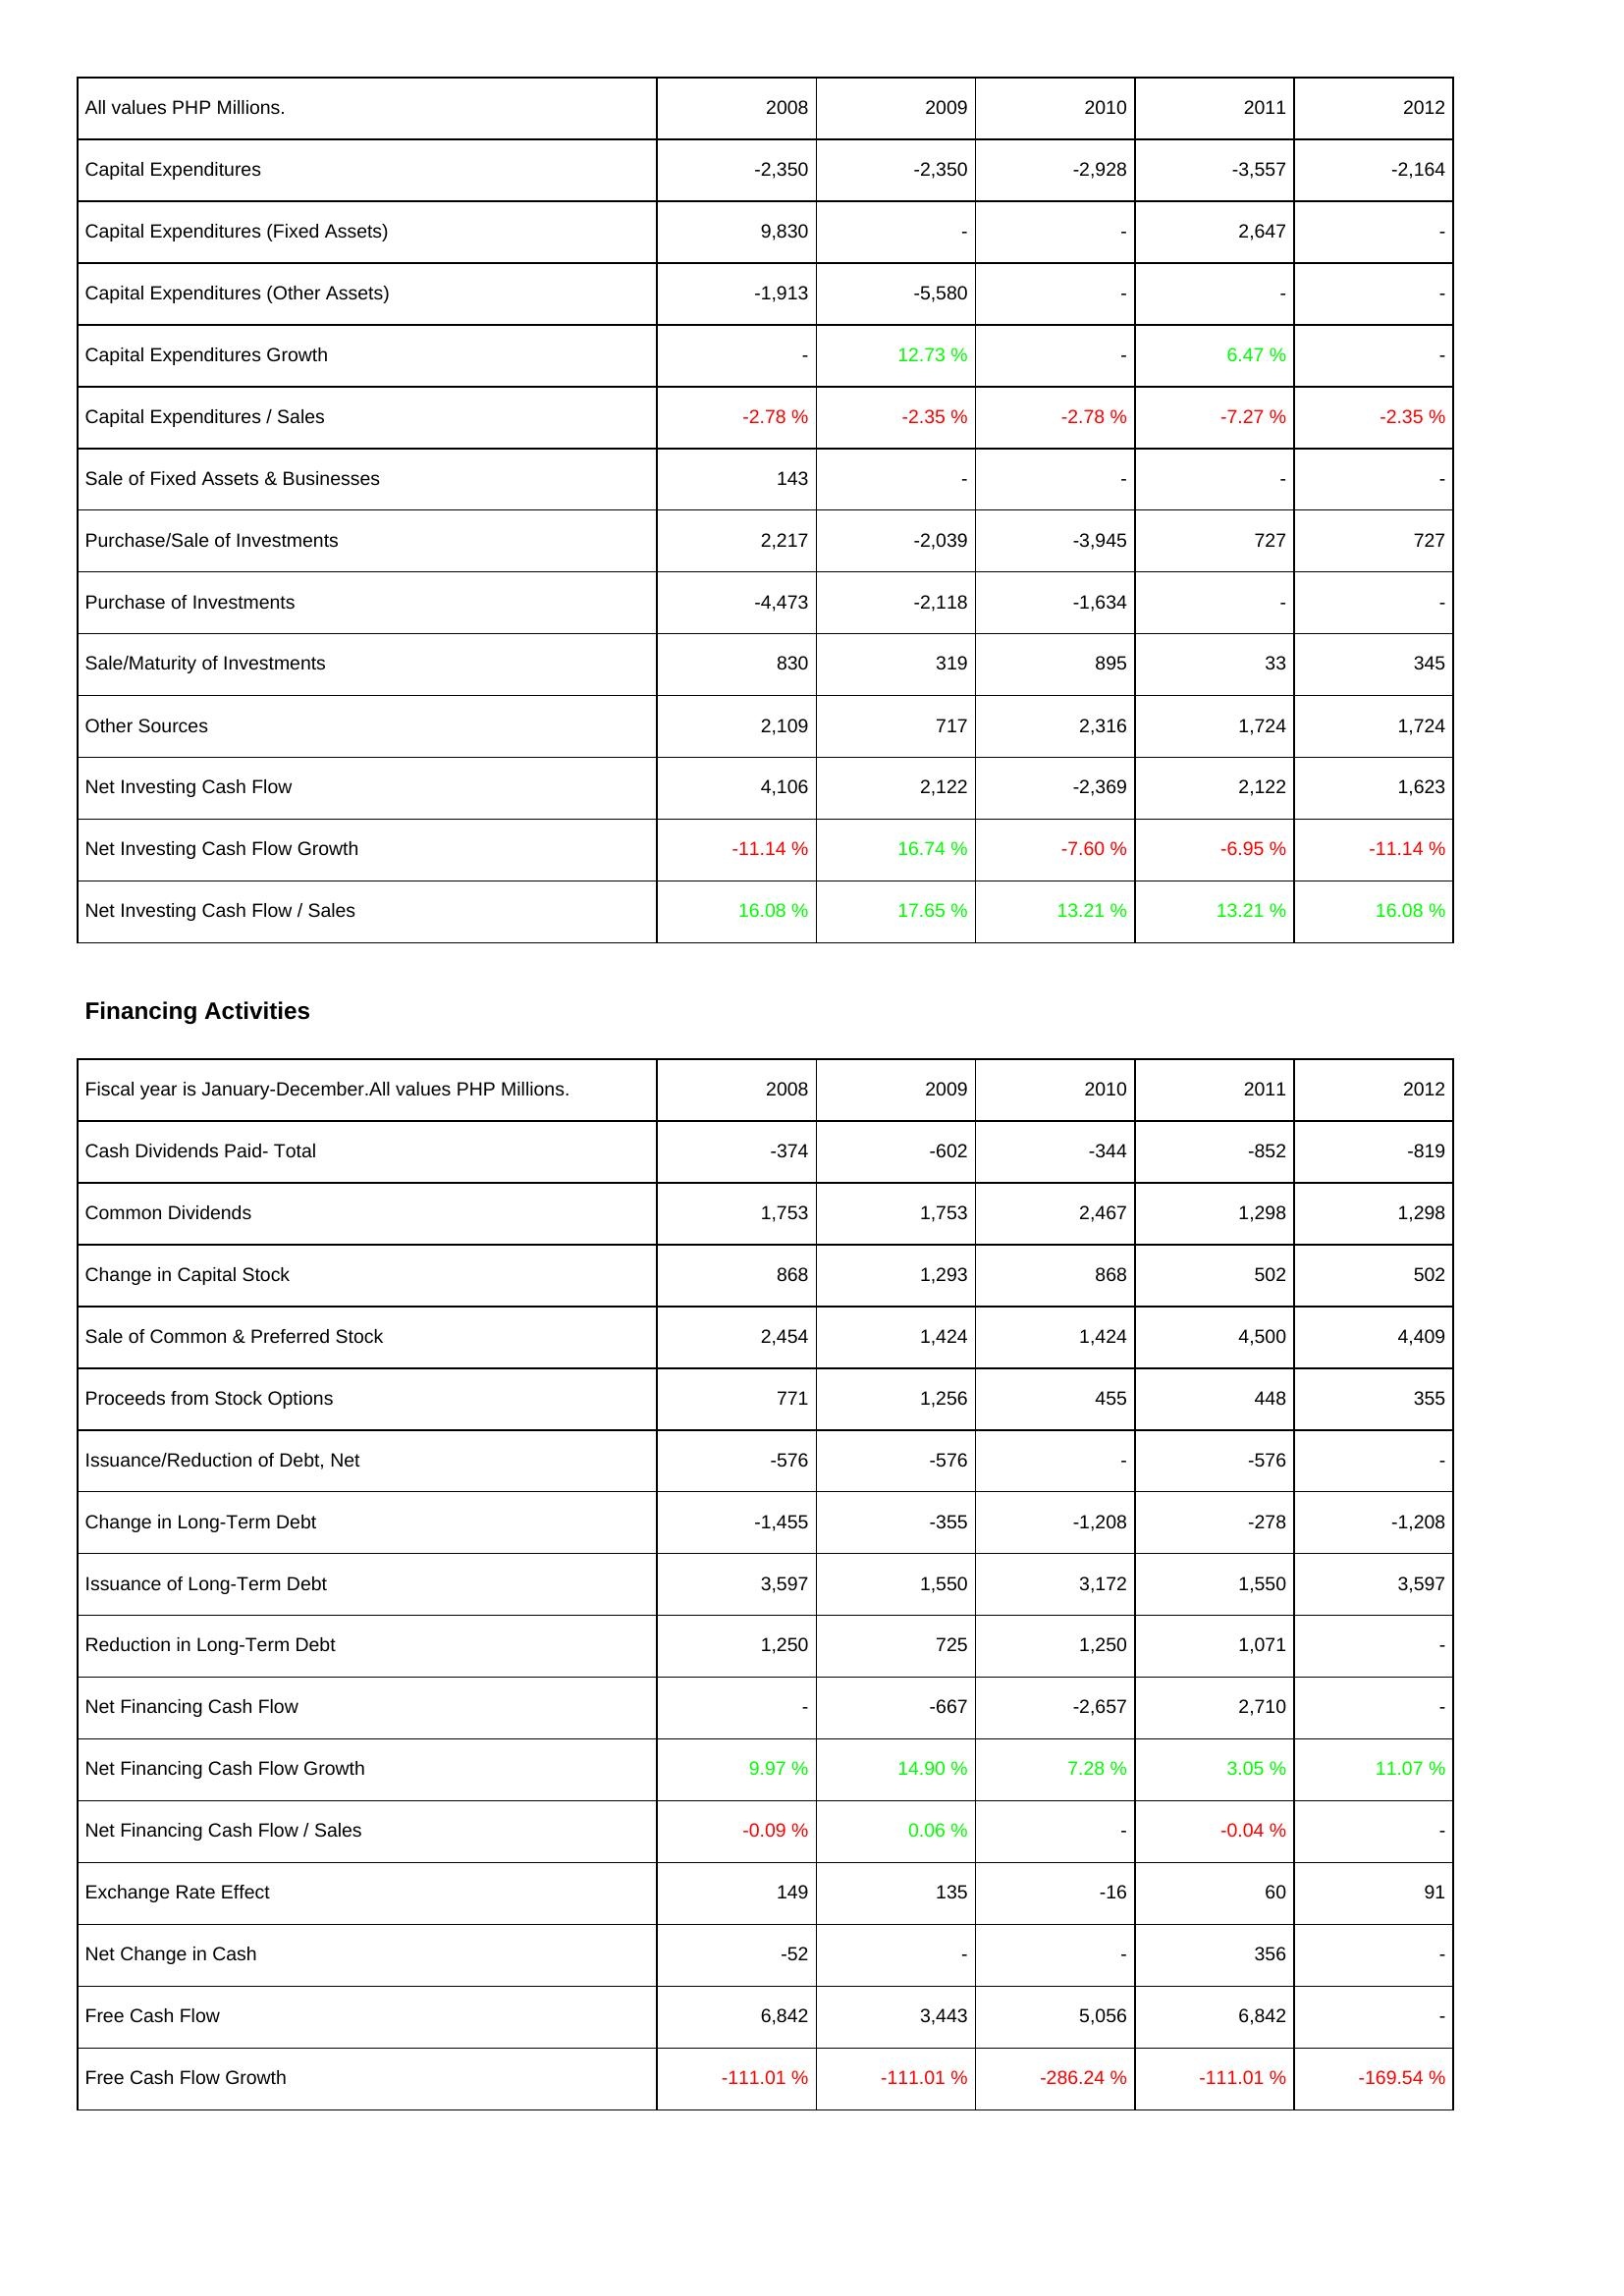
2008: Investing Activities: Capital Expenditures: -2,350
Capital Expenditures (Fixed Assets): 9,830
Capital Expenditures (Other Assets): -1,913
Capital Expenditures Growth: -
Capital Expenditures / Sales: -2.78 %
Sale of Fixed Assets & Businesses: 143
Purchase/Sale of Investments: 2,217
Purchase of Investments: -4,473
Sale/Maturity of Investments: 830
Other Sources: 2,109
Net Investing Cash Flow: 4,106
Net Investing Cash Flow Growth: -11.14 %
Net Investing Cash Flow / Sales: 16.08 %
Financing Activities: Cash Dividends Paid- Total: -374
Common Dividends: 1,753
Change in Capital Stock: 868
Sale of Common & Preferred Stock: 2,454
Proceeds from Stock Options: 771
Issuance/Reduction of Debt, Net: -576
Change in Long-Term Debt: -1,455
Issuance of Long-Term Debt: 3,597
Reduction in Long-Term Debt: 1,250
Net Financing Cash Flow: -
Net Financing Cash Flow Growth: 9.97 %
Net Financing Cash Flow / Sales: -0.09 %
Exchange Rate Effect: 149
Net Change in Cash: -52
Free Cash Flow: 6,842
Free Cash Flow Growth: -111.01 %
2009: Investing Activities: Capital Expenditures: -2,350
Capital Expenditures (Fixed Assets): -
Capital Expenditures (Other Assets): -5,580
Capital Expenditures Growth: 12.73 %
Capital Expenditures / Sales: -2.35 %
Sale of Fixed Assets & Businesses: -
Purchase/Sale of Investments: -2,039
Purchase of Investments: -2,118
Sale/Maturity of Investments: 319
Other Sources: 717
Net Investing Cash Flow: 2,122
Net Investing Cash Flow Growth: 16.74 %
Net Investing Cash Flow / Sales: 17.65 %
Financing Activities: Cash Dividends Paid- Total: -602
Common Dividends: 1,753
Change in Capital Stock: 1,293
Sale of Common & Preferred Stock: 1,424
Proceeds from Stock Options: 1,256
Issuance/Reduction of Debt, Net: -576
Change in Long-Term Debt: -355
Issuance of Long-Term Debt: 1,550
Reduction in Long-Term Debt: 725
Net Financing Cash Flow: -667
Net Financing Cash Flow Growth: 14.90 %
Net Financing Cash Flow / Sales: 0.06 %
Exchange Rate Effect: 135
Net Change in Cash: -
Free Cash Flow: 3,443
Free Cash Flow Growth: -111.01 %
2010: Investing Activities: Capital Expenditures: -2,928
Capital Expenditures (Fixed Assets): -
Capital Expenditures (Other Assets): -
Capital Expenditures Growth: -
Capital Expenditures / Sales: -2.78 %
Sale of Fixed Assets & Businesses: -
Purchase/Sale of Investments: -3,945
Purchase of Investments: -1,634
Sale/Maturity of Investments: 895
Other Sources: 2,316
Net Investing Cash Flow: -2,369
Net Investing Cash Flow Growth: -7.60 %
Net Investing Cash Flow / Sales: 13.21 %
Financing Activities: Cash Dividends Paid- Total: -344
Common Dividends: 2,467
Change in Capital Stock: 868
Sale of Common & Preferred Stock: 1,424
Proceeds from Stock Options: 455
Issuance/Reduction of Debt, Net: -
Change in Long-Term Debt: -1,208
Issuance of Long-Term Debt: 3,172
Reduction in Long-Term Debt: 1,250
Net Financing Cash Flow: -2,657
Net Financing Cash Flow Growth: 7.28 %
Net Financing Cash Flow / Sales: -
Exchange Rate Effect: -16
Net Change in Cash: -
Free Cash Flow: 5,056
Free Cash Flow Growth: -286.24 %
2011: Investing Activities: Capital Expenditures: -3,557
Capital Expenditures (Fixed Assets): 2,647
Capital Expenditures (Other Assets): -
Capital Expenditures Growth: 6.47 %
Capital Expenditures / Sales: -7.27 %
Sale of Fixed Assets & Businesses: -
Purchase/Sale of Investments: 727
Purchase of Investments: -
Sale/Maturity of Investments: 33
Other Sources: 1,724
Net Investing Cash Flow: 2,122
Net Investing Cash Flow Growth: -6.95 %
Net Investing Cash Flow / Sales: 13.21 %
Financing Activities: Cash Dividends Paid- Total: -852
Common Dividends: 1,298
Change in Capital Stock: 502
Sale of Common & Preferred Stock: 4,500
Proceeds from Stock Options: 448
Issuance/Reduction of Debt, Net: -576
Change in Long-Term Debt: -278
Issuance of Long-Term Debt: 1,550
Reduction in Long-Term Debt: 1,071
Net Financing Cash Flow: 2,710
Net Financing Cash Flow Growth: 3.05 %
Net Financing Cash Flow / Sales: -0.04 %
Exchange Rate Effect: 60
Net Change in Cash: 356
Free Cash Flow: 6,842
Free Cash Flow Growth: -111.01 %
2012: Investing Activities: Capital Expenditures: -2,164
Capital Expenditures (Fixed Assets): -
Capital Expenditures (Other Assets): -
Capital Expenditures Growth: -
Capital Expenditures / Sales: -2.35 %
Sale of Fixed Assets & Businesses: -
Purchase/Sale of Investments: 727
Purchase of Investments: -
Sale/Maturity of Investments: 345
Other Sources: 1,724
Net Investing Cash Flow: 1,623
Net Investing Cash Flow Growth: -11.14 %
Net Investing Cash Flow / Sales: 16.08 %
Financing Activities: Cash Dividends Paid- Total: -819
Common Dividends: 1,298
Change in Capital Stock: 502
Sale of Common & Preferred Stock: 4,409
Proceeds from Stock Options: 355
Issuance/Reduction of Debt, Net: -
Change in Long-Term Debt: -1,208
Issuance of Long-Term Debt: 3,597
Reduction in Long-Term Debt: -
Net Financing Cash Flow: -
Net Financing Cash Flow Growth: 11.07 %
Net Financing Cash Flow / Sales: -
Exchange Rate Effect: 91
Net Change in Cash: -
Free Cash Flow: -
Free Cash Flow Growth: -169.54 %